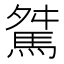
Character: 𩣏